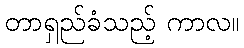
တာရှည်ခံသည့် ကာလ။